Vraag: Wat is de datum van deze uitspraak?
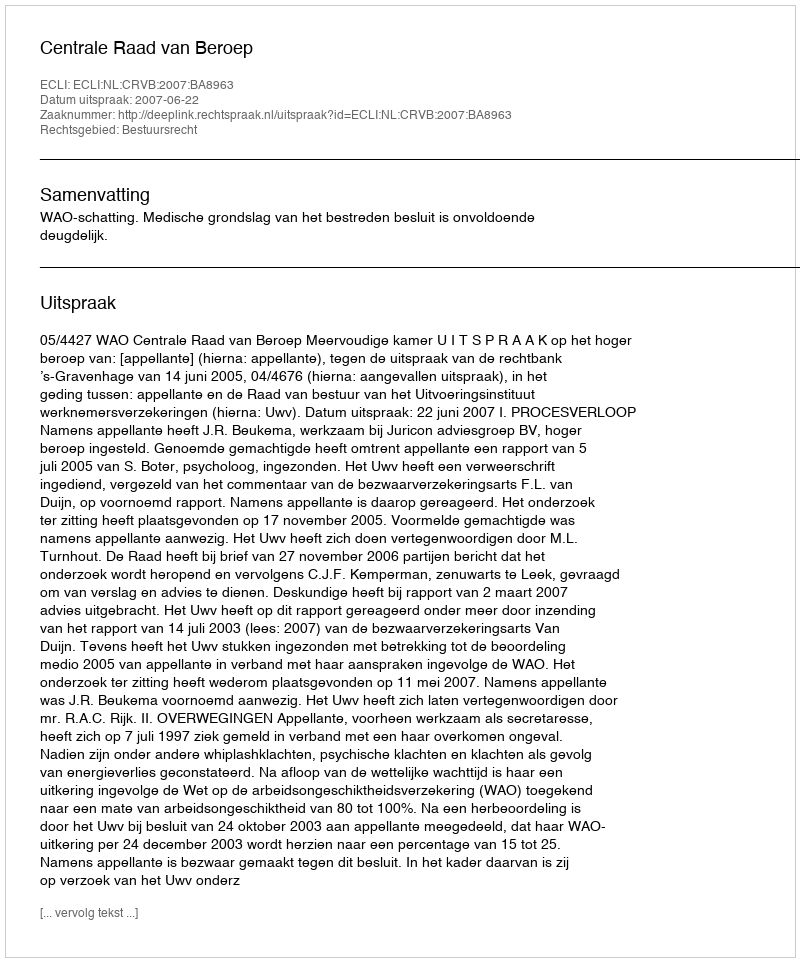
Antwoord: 2007-06-22